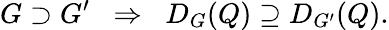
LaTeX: G\supset G^{\prime}\; \; \Rightarrow\; \; D_{G}(Q)\supseteq D_{G^{\prime}}(Q).